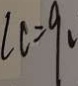
l c = 9